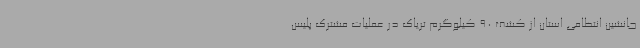
جانشین انتظامی استان از کشف 90 کیلوگرم تریاک در عملیات مشترک پلیس